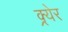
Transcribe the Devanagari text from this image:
क्र्येर